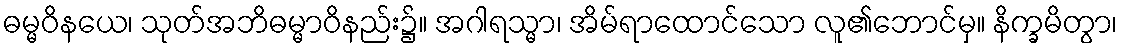
ဓမ္မဝိနယေ၊ သုတ်အဘိဓမ္မာဝိနည်း၌။ အဂါရသ္မာ၊ အိမ်ရာထောင်သော လူ၏ဘောင်မှ။ နိက္ခမိတွာ၊